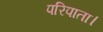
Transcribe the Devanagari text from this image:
परिपाता।